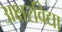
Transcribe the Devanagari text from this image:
अक्षरविद्या